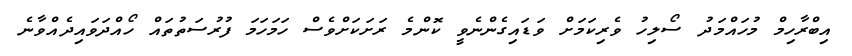
އިބްރާހިމް މުހައްމަދު ސޯލިހު ވެރިކަމަށް ވަޑައިގެންނެވީ ކޮންމެ ރަށަކަށްވެސް ހަމަހަމަ ފުރުސަތުތައް ހޯއްދަވައިދެއްވާނެ